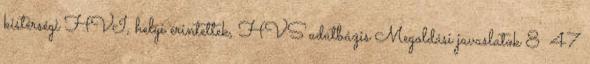
kistérségi HVI, helyi érintettek, HVS adatbázis Megoldási javaslatok 8 47